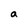
Character: a